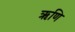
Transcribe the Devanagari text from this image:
ऋणि